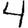
Digit: 4